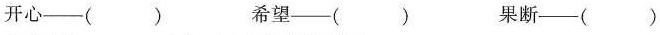
开心——( ) 希望——( ) 果断——( )